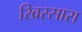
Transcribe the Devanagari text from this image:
खिरसारा